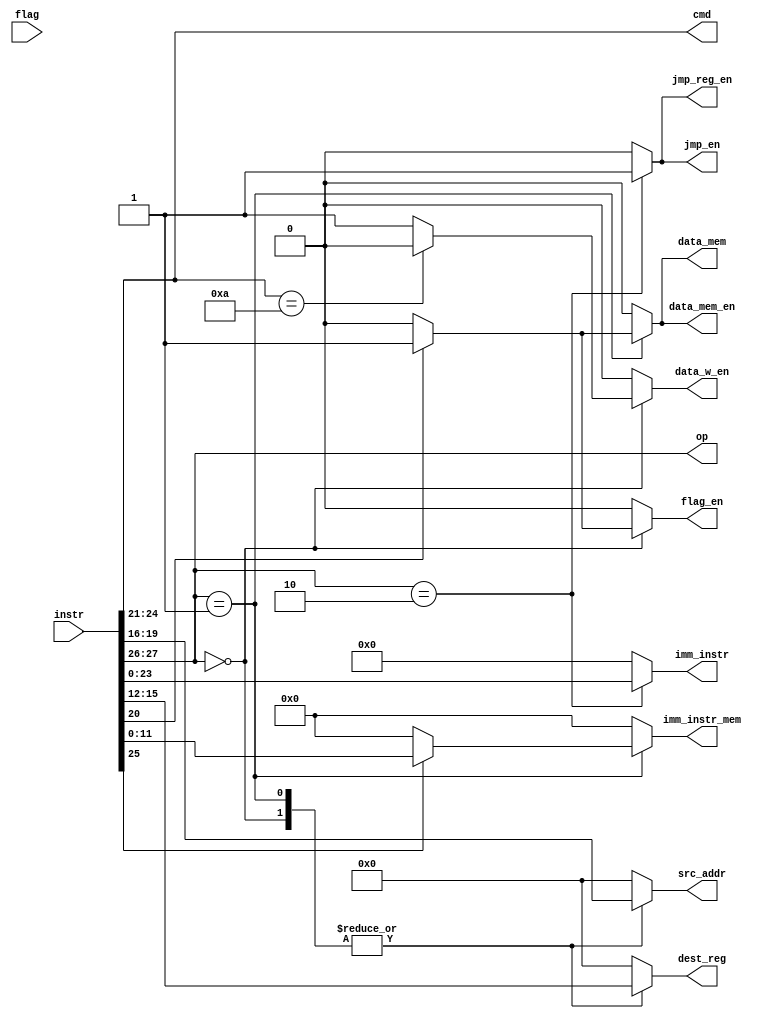
module decoder_control( // @suppress "Design unit name 'decoder_control' does not match file name 'hw8v2'"
	input[31:0] instr,
	input[3:0] flag,
	output reg jmp_en,
	output reg jmp_reg_en,
	output reg flag_en,
	output reg data_w_en,
	output reg data_mem,
	output reg data_mem_en,
	output reg [1:0] op,
	output reg [3:0] cmd,
	output reg [3:0] src_addr,
	output reg [3:0] dest_reg,
	output reg [11:0] imm_instr_mem,
	output reg [23:0] imm_instr
);

	always @(*) begin
		op <= instr[27:26]; //op is 26-27 in all cases
		cmd <= instr[24:21]; //cond is 28-31 in all cases
		
		case(op)	
			2'b00: //data processing
			begin
				data_mem 		<= 0;
				data_mem_en 	<= 0;
				data_w_en 		<= cmd == 10? 0:1;
				dest_reg 		<= instr[15:12];
				flag_en 		<= instr[20] == 1? 1:0;
				imm_instr 		<= 0;
				imm_instr_mem 	<= 0;
				jmp_en 			<= 0;
				jmp_reg_en 		<= 0;
				src_addr 		<= instr[19:16];
			end	
			
			2'b01: //memory
			begin
				data_mem_en 	<= 1;
				data_w_en 		<= 0;
				dest_reg 		<= instr[15:12];
				flag_en 		<= 0;
				imm_instr 		<= 0;
				jmp_en 			<= 0;
				jmp_reg_en 		<= 0;
				src_addr 		<= instr[19:16];

				if(instr[20] == 1)begin
					data_mem 	<= 1;
					data_mem_en <= 1;
				end
				else begin
					data_mem <= 0;
					data_mem_en <= 0;
				end

				imm_instr_mem 	<= instr[25] == 1 ? instr[11:0] : 0;
			end
			
			

			2'b10: //branching
			begin
				data_mem 		<= 0;
				data_mem 		<= 0;
				data_mem_en 	<= 0;
				data_w_en 		<= 0;
				dest_reg 		<= 0;
				flag_en 		<= 0;
				imm_instr 		<= instr[23:0];
				imm_instr_mem 	<= 0;
				jmp_en 			<= 1;
				jmp_reg_en 		<= 1;
				src_addr 		<= 0;
			end

			default: //if non of the above mentioned opcodes are in the data
			begin
				data_mem 		<= 0;
				data_mem 		<= 0;
				data_mem_en 	<= 0;
				data_w_en 		<= 0;
				dest_reg 		<= 0;
				flag_en 		<= 0;
				imm_instr 		<= 0;
				imm_instr_mem 	<= 0;
				jmp_en 			<= 0;
				jmp_reg_en 		<= 0;
				src_addr 		<= 0;
			end
		endcase
	end
endmodule